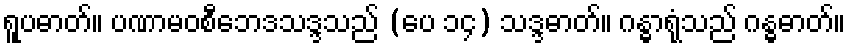
ရူပဓာတ်။ ပဏာမဝစီဘေဒသဒ္ဒသည် (ပေ ၁၄) သဒ္ဒဓာတ်။ ဂန္ဓာရုံသည် ဂန္ဓဓာတ်။